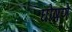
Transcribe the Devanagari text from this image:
घोषणे